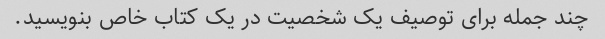
چند جمله برای توصیف یک شخصیت در یک کتاب خاص بنویسید.